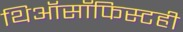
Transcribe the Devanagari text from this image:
थिऑसॉफिस्टही